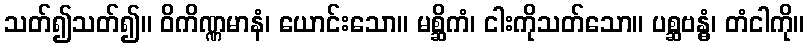
သတ်၍သတ်၍။ ဝိကိဏ္ဏမာနံ၊ ယောင်းသော။ မစ္ဆိကံ၊ ငါးကိုသတ်သော။ ပစ္ဆဗန္ဓံ၊ တံငါကို။